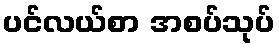
ပင်လယ်စာ အစပ်သုပ်